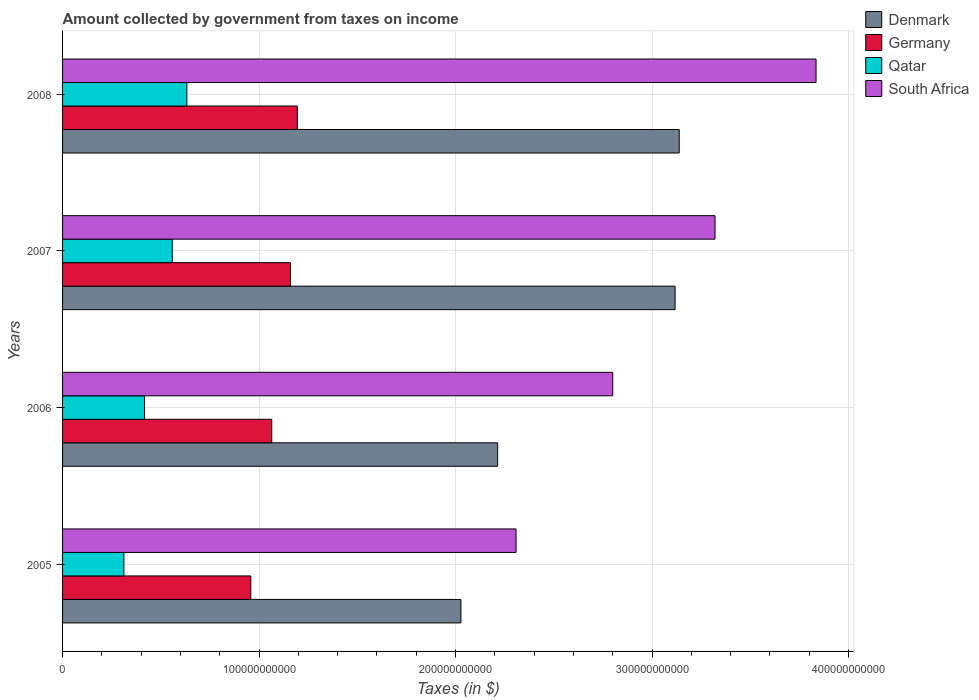
| Years | Denmark | Germany | Qatar | South Africa |
 | --- | --- | --- | --- | --- |
 | 2005 | 2.03e+11 | 9.58e+10 | 3.12e+10 | 2.31e+11 |
 | 2006 | 2.21e+11 | 1.06e+11 | 4.17e+10 | 2.8e+11 |
 | 2007 | 3.12e+11 | 1.16e+11 | 5.58e+10 | 3.32e+11 |
 | 2008 | 3.14e+11 | 1.19e+11 | 6.33e+10 | 3.83e+11 |